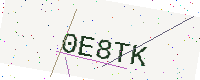
Text: 0E8TK